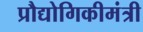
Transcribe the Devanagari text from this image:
प्रौद्योगिकीमंत्री